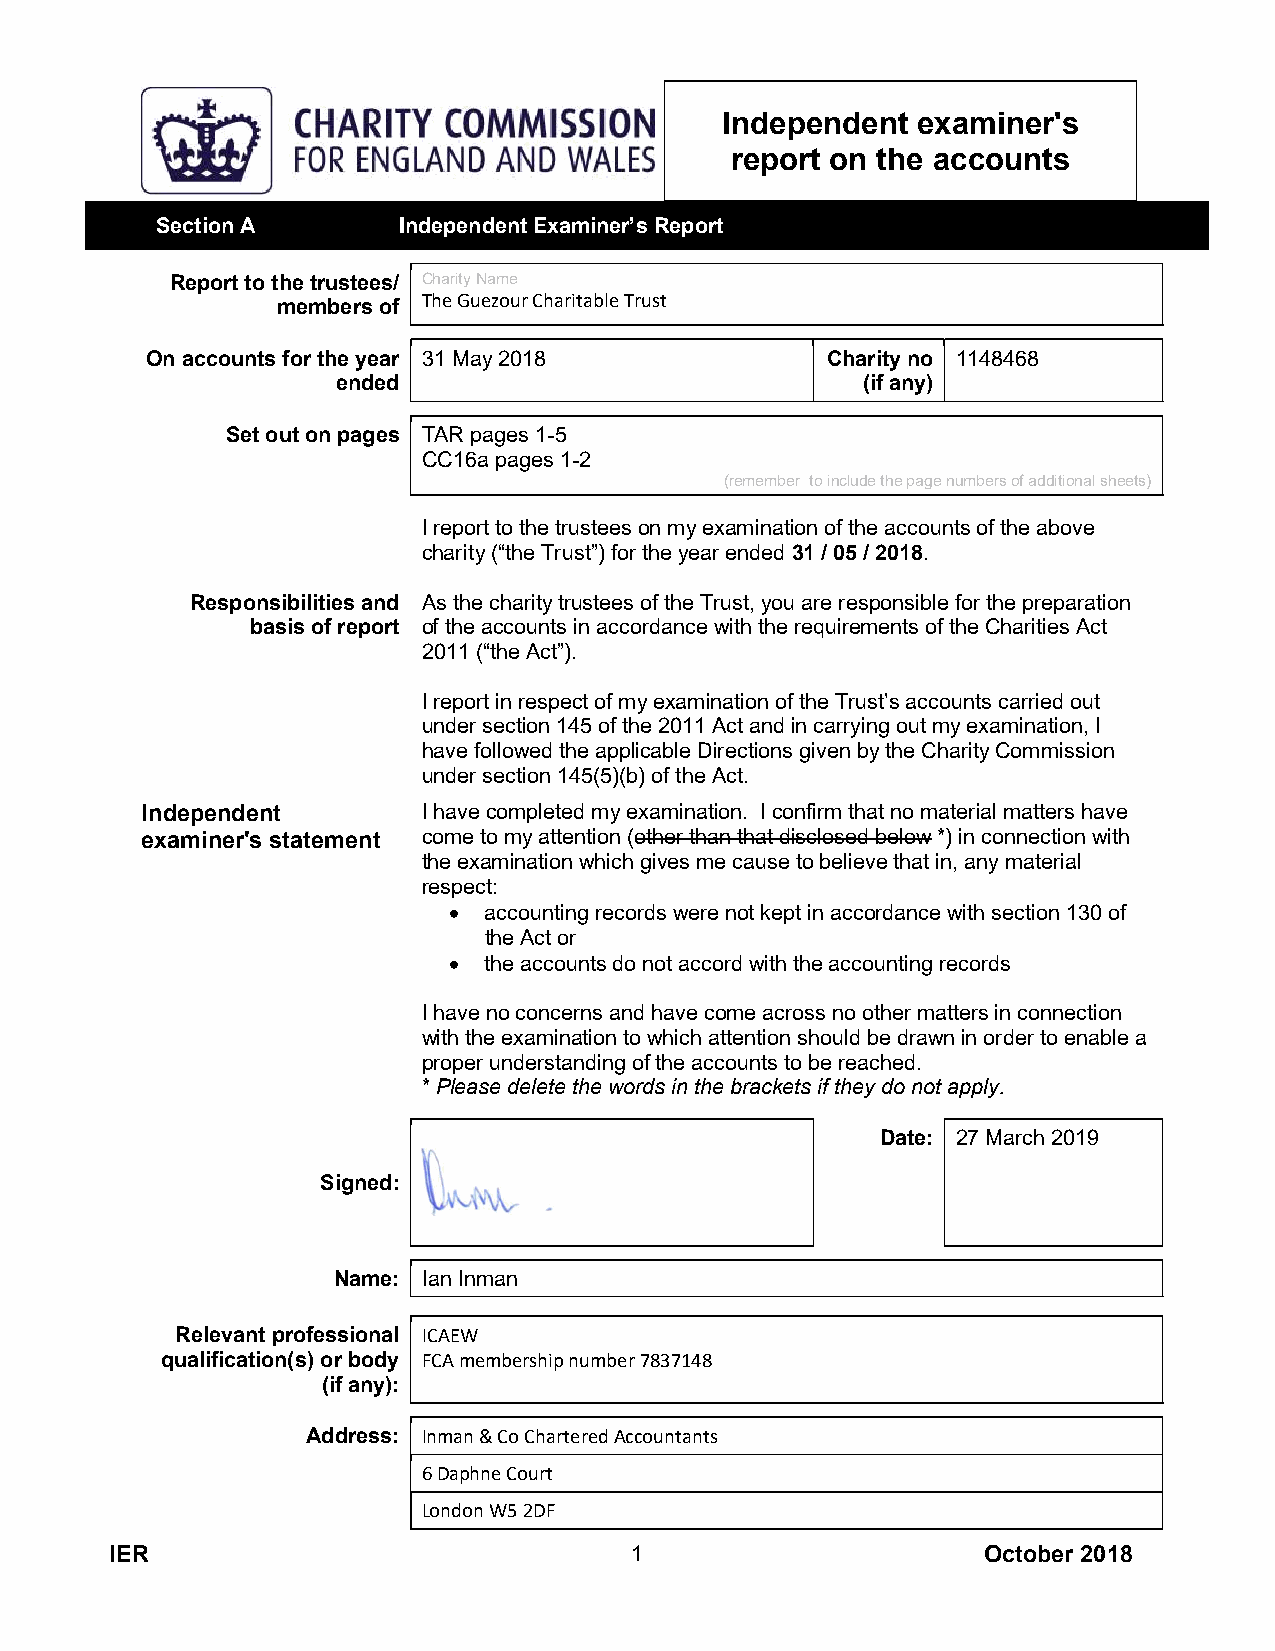
Independent  examiner's
 report on the accounts
 Section A       Independent Examiner’s Report
 Report to the trustees/ Charity Name
 members of The Guezour Charitable Trust
 On accounts for the year 31 May 2018         Charity no 1148468
 ended                              (if any)
 Set out on pages TAR pages 1-5
 CC16a pages 1-2
 (remember to include the page numbers of additional sheets)
 I report to the trustees on my examination of the accounts of the above
 charity (“the Trust”) for the year ended 31 / 05 / 2018.
 Responsibilities and As the charity trustees of the Trust, you are responsible for the preparation
 basis of report of the accounts in accordance with the requirements of the Charities Act
 2011 (“the Act”).
 I report in respect of my examination of the Trust’s accounts carried out
 under section 145 of the 2011 Act and in carrying out my examination, I
 have followed the applicable Directions given by the Charity Commission
 under section 145(5)(b) of the Act.
 Independent        I have completed my examination. I confirm that no material matters have
 examiner's statement come to my attention (other than that disclosed below *) in connection with
 the examination which gives me cause to believe that in, any material
 respect:
  accounting records were not kept in accordance with section 130 of
 the Act or
  the accounts do not accord with the accounting records
 I have no concerns and have come across no other matters in connection
 with the examination to which attention should be drawn in order to enable a
 proper understanding of the accounts to be reached.
 * Please delete the words in the brackets if they do not apply.
 Date: 27 March 2019
 Signed:
 Name: Ian Inman
 Relevant professional ICAEW
 qualification(s) or body FCA membership number 7837148
 (if any):
 Address: Inman & Co Chartered Accountants
 6 Daphne Court
 London W5 2DF
 IER                                1                      October 2018